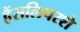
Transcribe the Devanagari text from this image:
हैंसलिपरशे